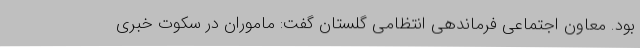
بود. معاون اجتماعی فرماندهی انتظامی گلستان گفت: ماموران در سکوت خبری